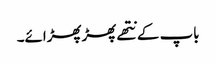
باپ کے نتھے پھڑپھڑائے۔